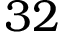
3 2